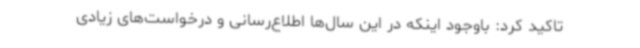
تاکید کرد: باوجود اینکه در این سال‌ها اطلاع‌رسانی و درخواست‌های زیادی